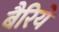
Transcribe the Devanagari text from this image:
बैरिये